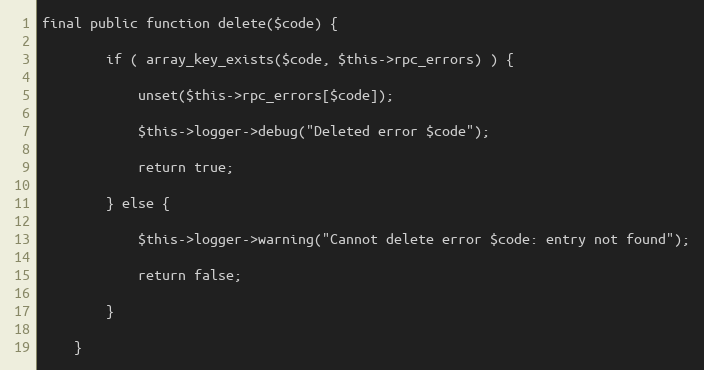
Language: PHP
final public function delete($code) {

        if ( array_key_exists($code, $this->rpc_errors) ) {

            unset($this->rpc_errors[$code]);

            $this->logger->debug("Deleted error $code");

            return true;

        } else {

            $this->logger->warning("Cannot delete error $code: entry not found");

            return false;

        }

    }